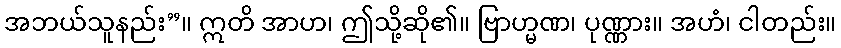
အဘယ်သူနည်း”။ ဣတိ အာဟ၊ ဤသို့ဆို၏။ ဗြာဟ္မဏ၊ ပုဏ္ဏား။ အဟံ၊ ငါတည်း။